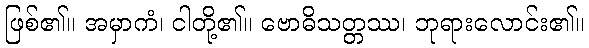
ဖြစ်၏။ အမှာကံ၊ ငါတို့၏။ ဗောဓိသတ္တဿ၊ ဘုရားလောင်း၏။